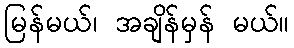
မြန်မယ်၊ အချိန်မှန် မယ်။